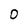
Character: 0